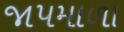
જાપમાળા